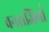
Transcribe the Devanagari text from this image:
वनराजियाँ